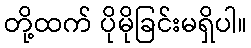
တို့ထက် ပိုမိုခြင်းမရှိပါ။